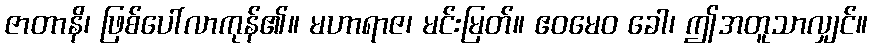
ဇာတာနိ၊ ဖြစ်ပေါ်လာကုန်၏။ မဟာရာဇ၊ မင်းမြတ်။ ဧဝမေဝ ခေါ၊ ဤအတူသာလျှင်။